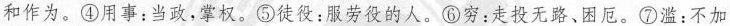
和作为。④用事：当政，掌权。⑤徒役：服劳役的人。⑥穷：走投无路、困厄。⑦滥：不加